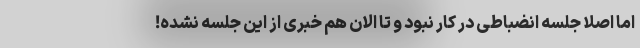
اما اصلاً جلسه انضباطی در کار نبود و تا الان هم خبری از این جلسه نشده!